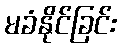
မခံနိုင်ခြင်း